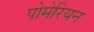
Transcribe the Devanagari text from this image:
पोमेरियन